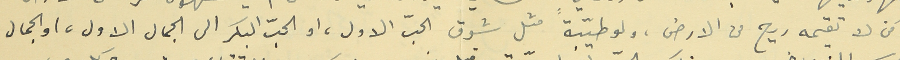
ومن لا تقيمه ريح من الارض، ولو طيّبةً مثل شوق الحبّ الاول، او الحبّ البكر الى الجمال الاول، والجمال